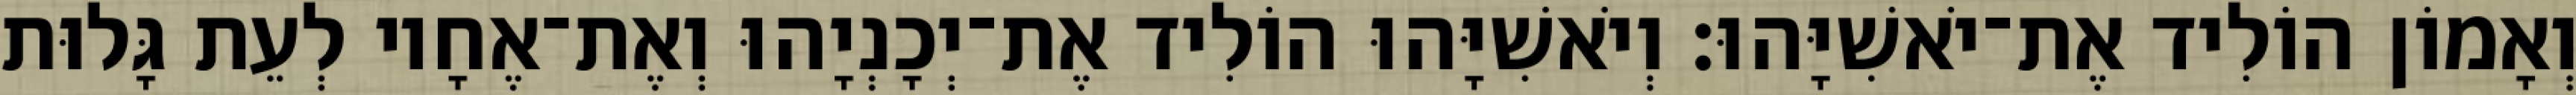
וְאָמוֹן הוֹלִיד אֶת־יֹאשִׁיָּהוּ׃ וְיֹאשִׁיָּהוּ הוֹלִיד אֶת־יְכָנְיָהוּ וְאֶת־אֶחָיו לְעֵת גָּלוּת